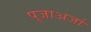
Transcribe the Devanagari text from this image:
पूजाअर्जा